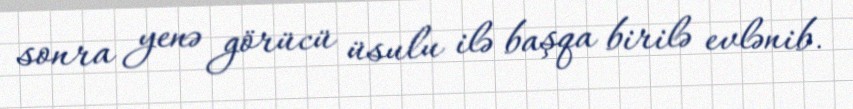
sonra yenə görücü üsulu ilə başqa birilə evlənib.